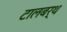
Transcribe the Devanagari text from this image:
टालबर्थ